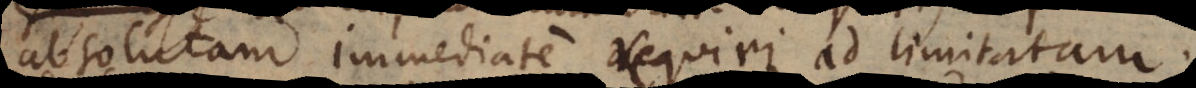
absolutam immediate requiri ad limitatam.